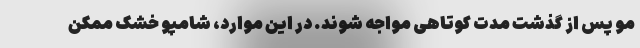
مو پس از گذشت مدت کوتاهی مواجه شوند. در این موارد، شامپو خشک ممکن